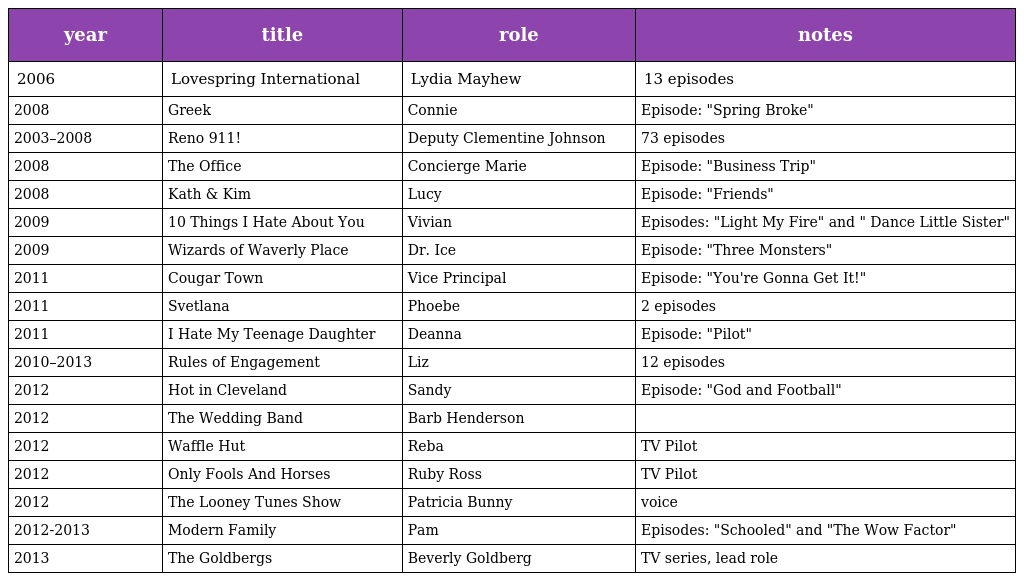
| year | title | role | notes |
 | --- | --- | --- | --- |
 | 2006 | Lovespring International | Lydia Mayhew | 13 episodes |
 | 2008 | Greek | Connie | Episode: "Spring Broke" |
 | 2003–2008 | Reno 911! | Deputy Clementine Johnson | 73 episodes |
 | 2008 | The Office | Concierge Marie | Episode: "Business Trip" |
 | 2008 | Kath & Kim | Lucy | Episode: "Friends" |
 | 2009 | 10 Things I Hate About You | Vivian | Episodes: "Light My Fire" and " Dance Little Sister" |
 | 2009 | Wizards of Waverly Place | Dr. Ice | Episode: "Three Monsters" |
 | 2011 | Cougar Town | Vice Principal | Episode: "You're Gonna Get It!" |
 | 2011 | Svetlana | Phoebe | 2 episodes |
 | 2011 | I Hate My Teenage Daughter | Deanna | Episode: "Pilot" |
 | 2010–2013 | Rules of Engagement | Liz | 12 episodes |
 | 2012 | Hot in Cleveland | Sandy | Episode: "God and Football" |
 | 2012 | The Wedding Band | Barb Henderson |  |
 | 2012 | Waffle Hut | Reba | TV Pilot |
 | 2012 | Only Fools And Horses | Ruby Ross | TV Pilot |
 | 2012 | The Looney Tunes Show | Patricia Bunny | voice |
 | 2012-2013 | Modern Family | Pam | Episodes: "Schooled" and "The Wow Factor" |
 | 2013 | The Goldbergs | Beverly Goldberg | TV series, lead role |